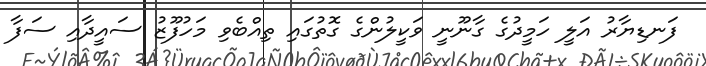
ފަނޑިޔާރު އަލީ ހަމީދުގެ ގާނޫނީ ވަކީލުންގެ ގޮތުގައި ތިއްބެވި މަހުފޫޒު ސައީދާއި ސަފާ